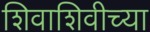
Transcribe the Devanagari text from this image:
शिवाशिवीच्या